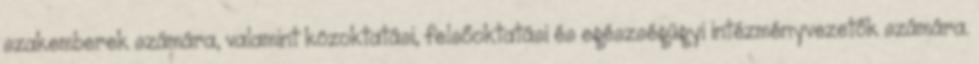
szakemberek számára, valamint közoktatási, felsőoktatási és egészségügyi intézményvezetők számára.